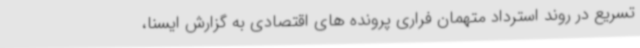
تسریع در روند استرداد متهمان فراری پرونده های اقتصادی به گزارش ایسنا،